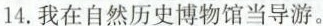
14.我在自然历史博物馆当导游。